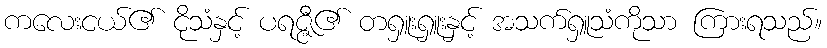
ကလေးငယ်၏ ငိုသံနှင့် ပရဇ္ဇီ၏ တရှူးရှူးနှင့် အသက်ရှူသံကိုသာ ကြားရသည်။